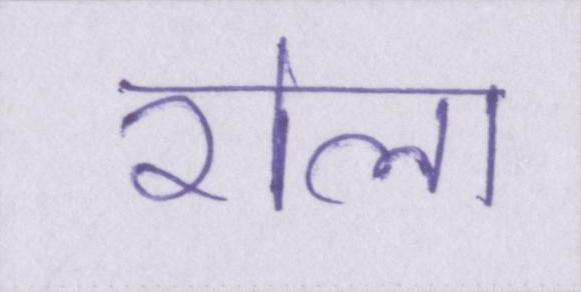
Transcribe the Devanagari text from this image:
रोला